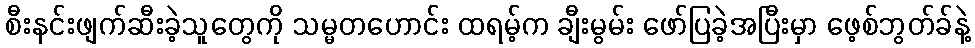
စီးနင်းဖျက်ဆီးခဲ့သူတွေကို သမ္မတဟောင်း ထရမ့်က ချီးမွမ်း ဖော်ပြခဲ့အပြီးမှာ ဖေ့စ်ဘွတ်ခ်နဲ့